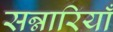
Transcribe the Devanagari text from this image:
सन्नारियाँ